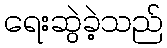
ရေးဆွဲခဲ့သည်